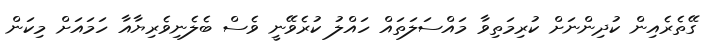
ގޭތެރެއިން ކުދިންނަށް ކުރިމަތިވާ މައްސަލަތައް ހައްލު ކުރެވޭނީ ވެސް ބެލެނިވެރިޔާއާ ހަމައަށް މިކަން